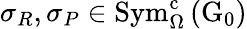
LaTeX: \sigma_{R},\sigma_{P}\in\mathrm{Sym}_{\Omega}^{\mathrm{c}}\left(\mathrm{G}_{0}\right)